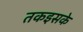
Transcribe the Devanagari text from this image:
तकइसके